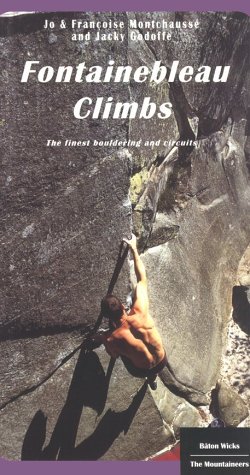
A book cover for Fontainebleau Climbs: A Guide to the Best Bouldering and Circuits; Jo Montchausse; Sports & Outdoors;